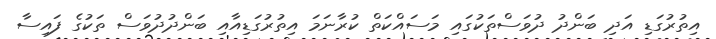
އިތުރުގަޑި އަދި ބަންދު ދުވަސްތަކުގައި މަސައްކަތް ކުރާނަމަ އިތުރުގަޑިއާއި ބަންދުދުވަސް ތަކުގެ ފައިސާ